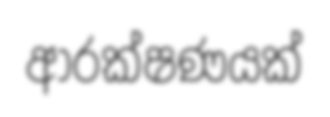
ආරක්ෂණයක්